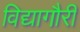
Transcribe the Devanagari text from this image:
विद्यागौरी